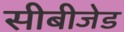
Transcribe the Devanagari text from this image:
सीबीजेड